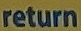
return